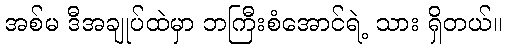
အစ်မ ဒီအချုပ်ထဲမှာ ဘကြီးစံအောင်ရဲ့ သား ရှိတယ်။